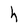
Character: h